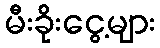
မီးခိုးငွေ့များ